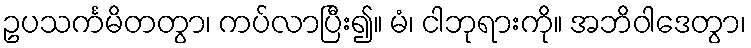
ဥပသင်္ကမိတတွာ၊ ကပ်လာပြီး၍။ မံ၊ ငါဘုရားကို။ အဘိဝါဒေတွာ၊